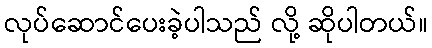
လုပ်ဆောင်ပေးခဲ့ပါသည် လို့ ဆိုပါတယ်။